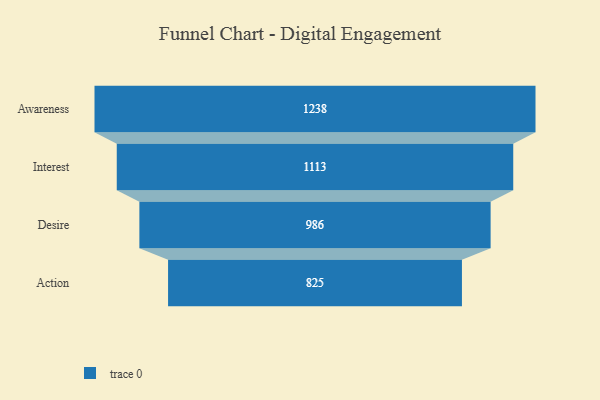
{"axis": {"x": "Stage", "y": "Value"}, "legend": [""], "data": [{"x": "Awareness", "y": 1238.0, "type": ""}, {"x": "Interest", "y": 1113.0, "type": ""}, {"x": "Desire", "y": 986.0, "type": ""}, {"x": "Action", "y": 825.0, "type": ""}]}